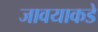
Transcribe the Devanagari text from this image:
जावयाकडे